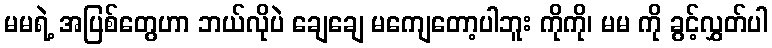
မမရဲ့ အပြစ်တွေဟာ ဘယ်လိုပဲ ချေချေ မကျေတော့ပါဘူး ကိုကို၊ မမ ကို ခွင့်လွှတ်ပါ